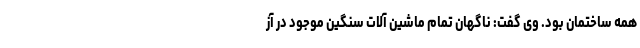
همه ساختمان بود. وی گفت: ناگهان تمام ماشین آلات سنگین موجود در آز